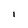
Character: 1